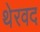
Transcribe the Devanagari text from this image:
थेरवद